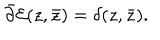
\bar { \partial } { \cal E } ( z , \bar { z } ) = \delta ( z , \bar { z } ) .